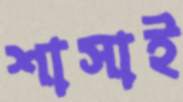
শাসাই